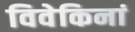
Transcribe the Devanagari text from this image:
विवेकिनां